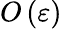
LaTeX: O\left(\varepsilon\right)